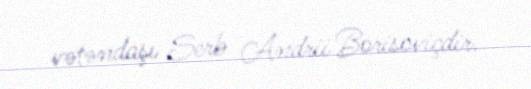
vətəndaşı Serb Andrii Borisoviçdir.